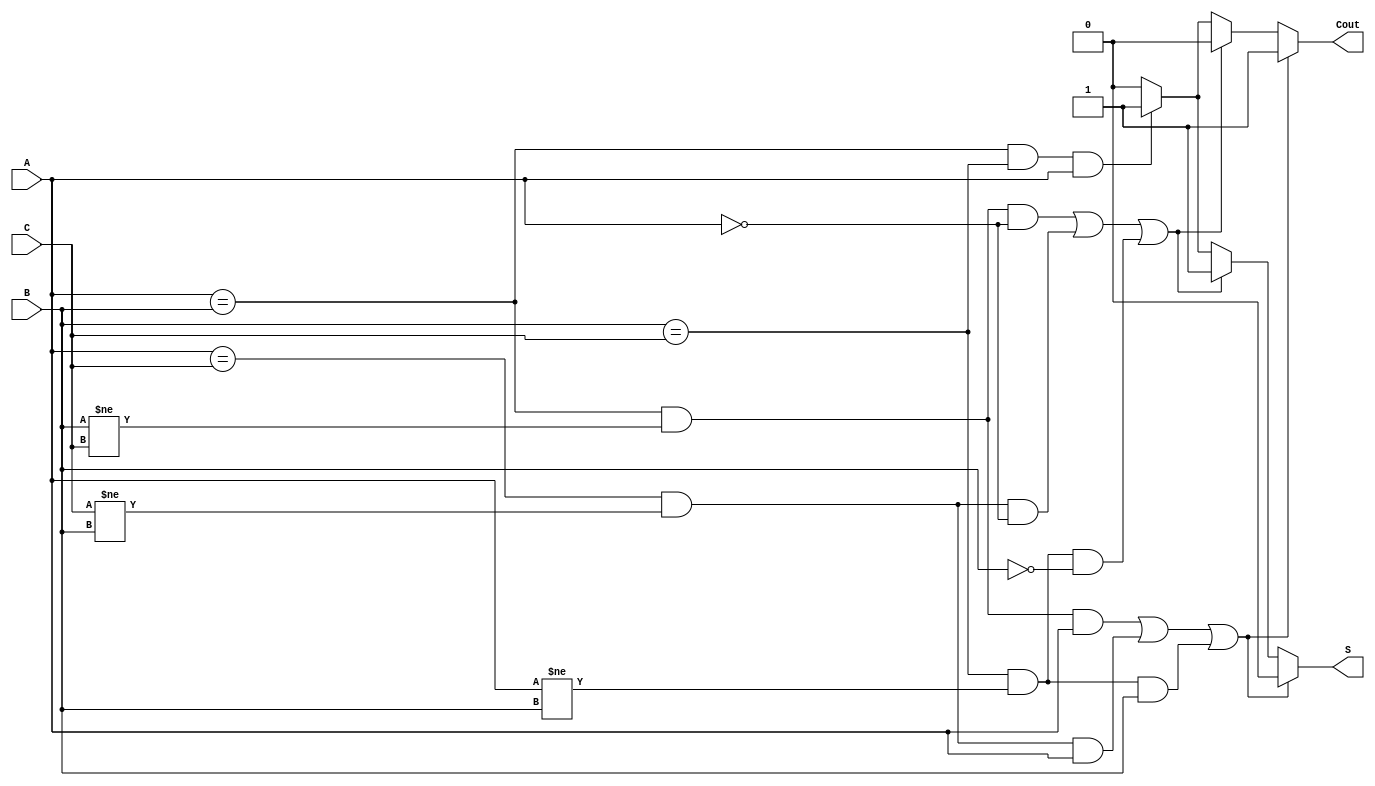
module fa_1(A, B, C, S, Cout);
  input A, B, C;
  output S, Cout;

  reg S, Cout;

  always @(A or B or C)
  begin
    if ((A == B && B != C && A == 1'b1) || 
        (A == C && C != B && A == 1'b1) ||
        (B == C && A != B && B == 1'b1))
        begin
          S = 0;
          Cout = 1;
        end
    else if ((A == B && B != C && A == 1'b0) || 
        (A == C && C != B && A == 1'b0) ||
        (B == C && A != B && B == 1'b0))
      begin
        S = 1;
        Cout = 0;
      end
    else if (A == B && B == C && A == 1'b1)
      begin
        S = 1;
        Cout = 1;
      end
    else
      begin
        S = 0;
        Cout = 0;
      end 
  end
endmodule